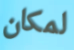
لمكان